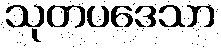
သုတပဒေသာ